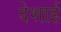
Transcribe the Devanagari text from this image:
देशाई